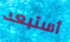
أستبعد